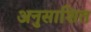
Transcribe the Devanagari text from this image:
अनुसाशित